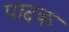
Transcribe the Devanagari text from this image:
पादक